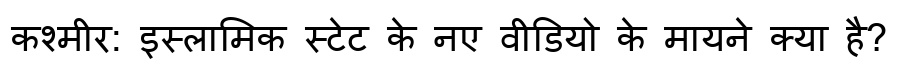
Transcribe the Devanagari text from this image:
कश्मीर: इस्लामिक स्टेट के नए वीडियो के मायने क्या है?